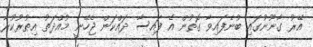
އޭރު ގާނޫނުގައި ބުނެފައިވާ ގޮތުން އެ ފައިސާ ދައްކަން ޖެހޭނީ މުއްދަތު އިތުރުކުރާ